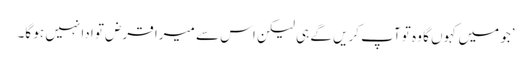
’جو میں کہوں گا وہ تو آپ کریں گے ہی لیکن اس سے میرا قرض تو ادا نہیں ہو گا۔